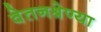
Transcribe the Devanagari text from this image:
वेतनश्रेण्या